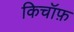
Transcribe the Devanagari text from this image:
किचॉफ़